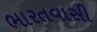
ભારતવાસી